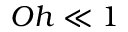
O h \ll 1